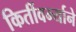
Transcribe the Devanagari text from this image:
किर्तीवर्म्याने